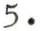
5.